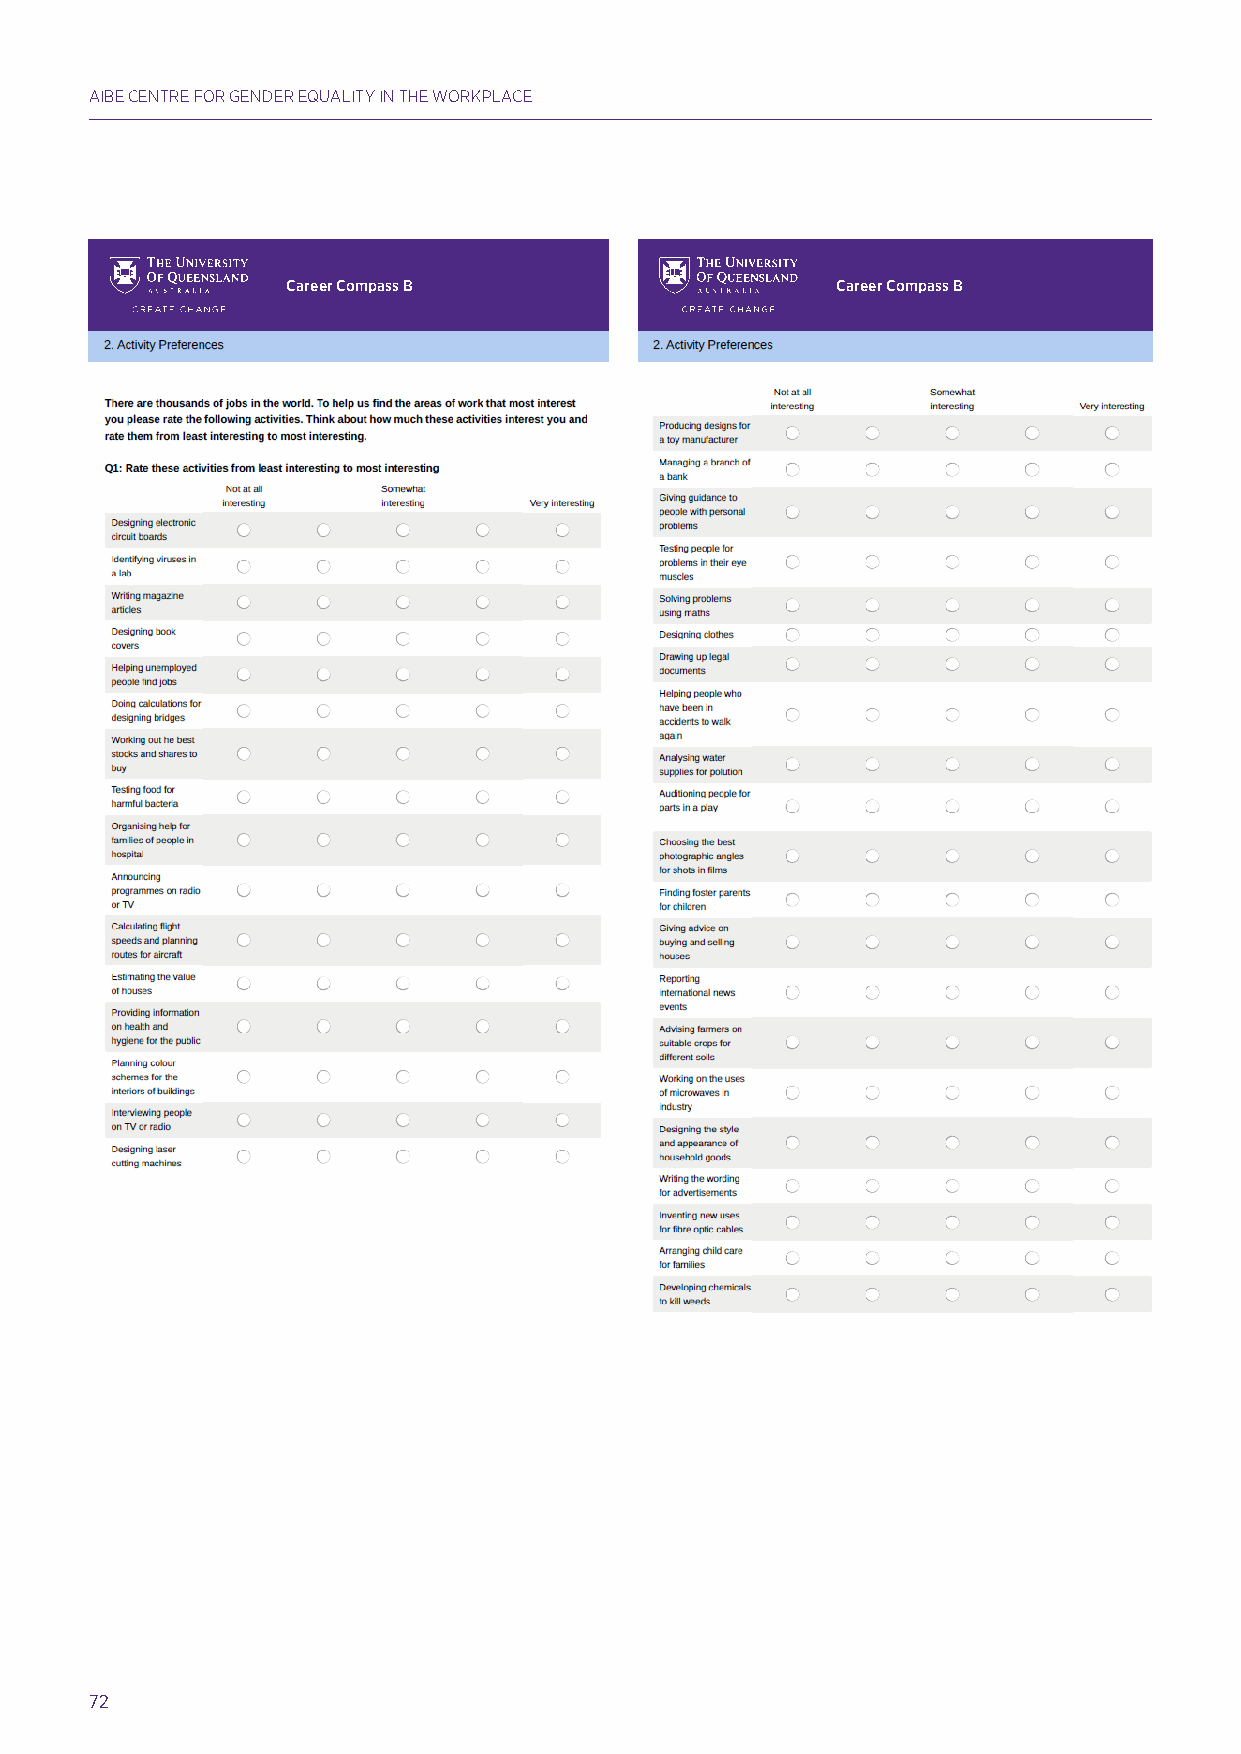
AIBE CENTRE FOR GENDER EQUALITY IN THE WORKPLACE
 Career Compass B                    Career Compass B
 Hands up for Gender Equality: A Major Study into Confidence and Career Intentions of Adolescent Girls & Boys H1a0nd2s up for Gender Equality: A Major Study into Confidence and Career Intentions of Adolescent Girls & Boys 102
 Hands up for Gender Equality: A Major Study into Confidence and Career Intentions of Adolescent Girls & Boys 103
 72